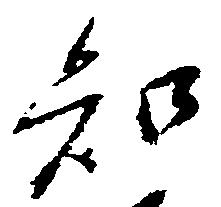
知